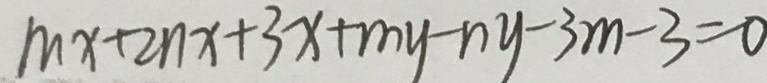
m x + 2 n x + 3 x + m y - n y - 3 m - 3 = 0